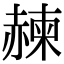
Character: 𧹯